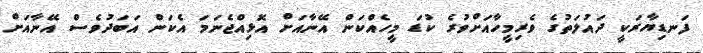
ފަނޑިޔާރަކީ ދައުލަތުގެ ވެރިމީހާއަށްވުރެ ކުޑަ މީހެއްކަން އޭނާއަށް އޮޅިއްޖެނަމަ އެކަން އަބަދުވެސް އޭނާއަށް